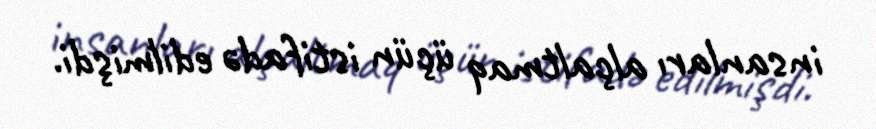
insanları alçaltmaq üçün istifadə edilmişdi.